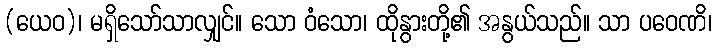
(ယေဝ)၊ မရှိသော်သာလျှင်။ သော ဝံသော၊ ထိုနွားတို့၏ အနွယ်သည်။ သာ ပဝေဏိ၊